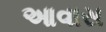
આવાસ